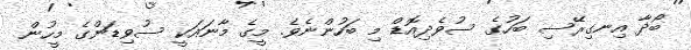
ބޯދާ އިނގިރޭސި ބަހުގެ ސުވެދިއޮޑް މި ބަހުންނެވެ. މީގެ މާނައަކީ ސުވިޑަންގެ މީހުން